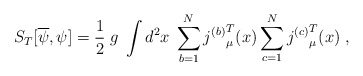
\begin{align*}S_T[\overline{\psi},\psi] = \frac{1}{2} \; g \; \int d^2x \;\sum_{b=1}^N {j^{(b)}}^T_\mu(x) \sum_{c=1}^N {j^{(c)}}^T_\mu(x) \; ,\end{align*}